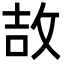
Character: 𫾪